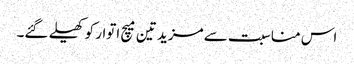
اس مناسبت سے مزید تین میچ اتوار کو کھیلے گئے۔